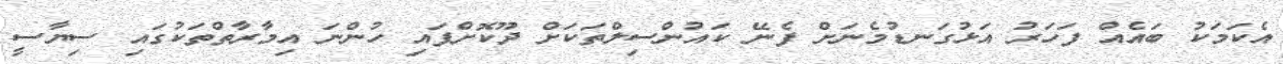
އެކަމަކު ބައެއް ފަހަރު އަޅުގަނޑުމެނަށް ފެނޭ ކައުންސިލްތަކަށް ދޫކޮށްފައި ހުންނަ އިމާރާތްތަކުގައި ސިޔާސީ